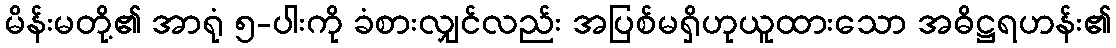
မိန်းမတို့၏ အာရုံ ၅-ပါးကို ခံစားလျှင်လည်း အပြစ်မရှိဟုယူထားသော အဓိဋ္ဌရဟန်း၏